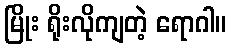
မြိုး ရိုးလိုကျတဲ့ ရောဂါ။